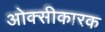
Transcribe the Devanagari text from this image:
ओक्सीकारक